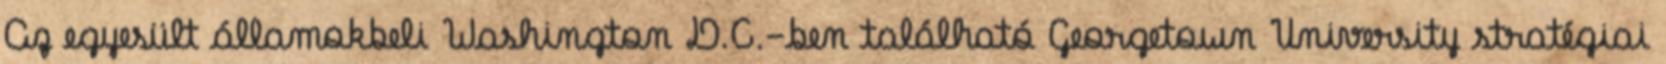
Az egyesült államokbeli Washington D.C.-ben található Georgetown University stratégiai